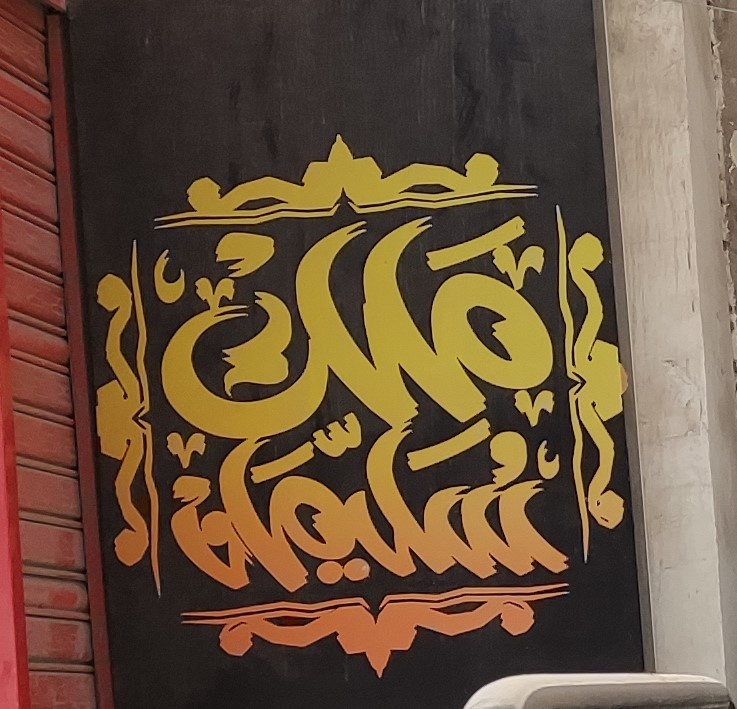
Text in image: ملك سليمان